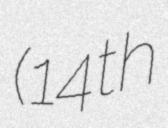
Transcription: (14th